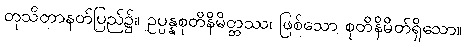
တုသိတာနတ်ပြည်၌။ ဥပ္ပန္နစုတိနိမိတ္တဿ၊ ဖြစ်သော စုတိနိမိတ်ရှိသော။